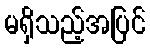
မရှိသည့်အပြင်